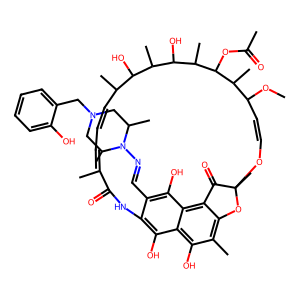
SMILES: COC1C=COC2(C)Oc3c(C)c(O)c4c(O)c(c(C=NN5C(C)CN(Cc6ccccc6O)CC5C)c(O)c4c3C2=O)NC(=O)C(C)=CC=CC(C)C(O)C(C)C(O)C(C)C(OC(C)=O)C1C
Inhibits HIV replication: No